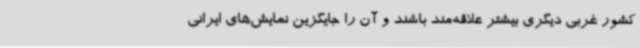
کشور غربی دیگری بیشتر علاقه‌مند باشند و آن را جایگزین نمایش‌های ایرانی